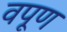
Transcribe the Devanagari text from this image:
वपूण